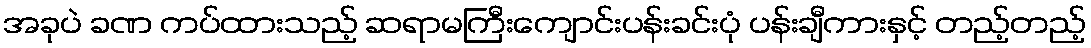
အခုပဲ ခဏ ကပ်ထားသည့် ဆရာမကြီးကျောင်းပန်းခင်းပုံ ပန်းချီကားနှင့် တည့်တည့်